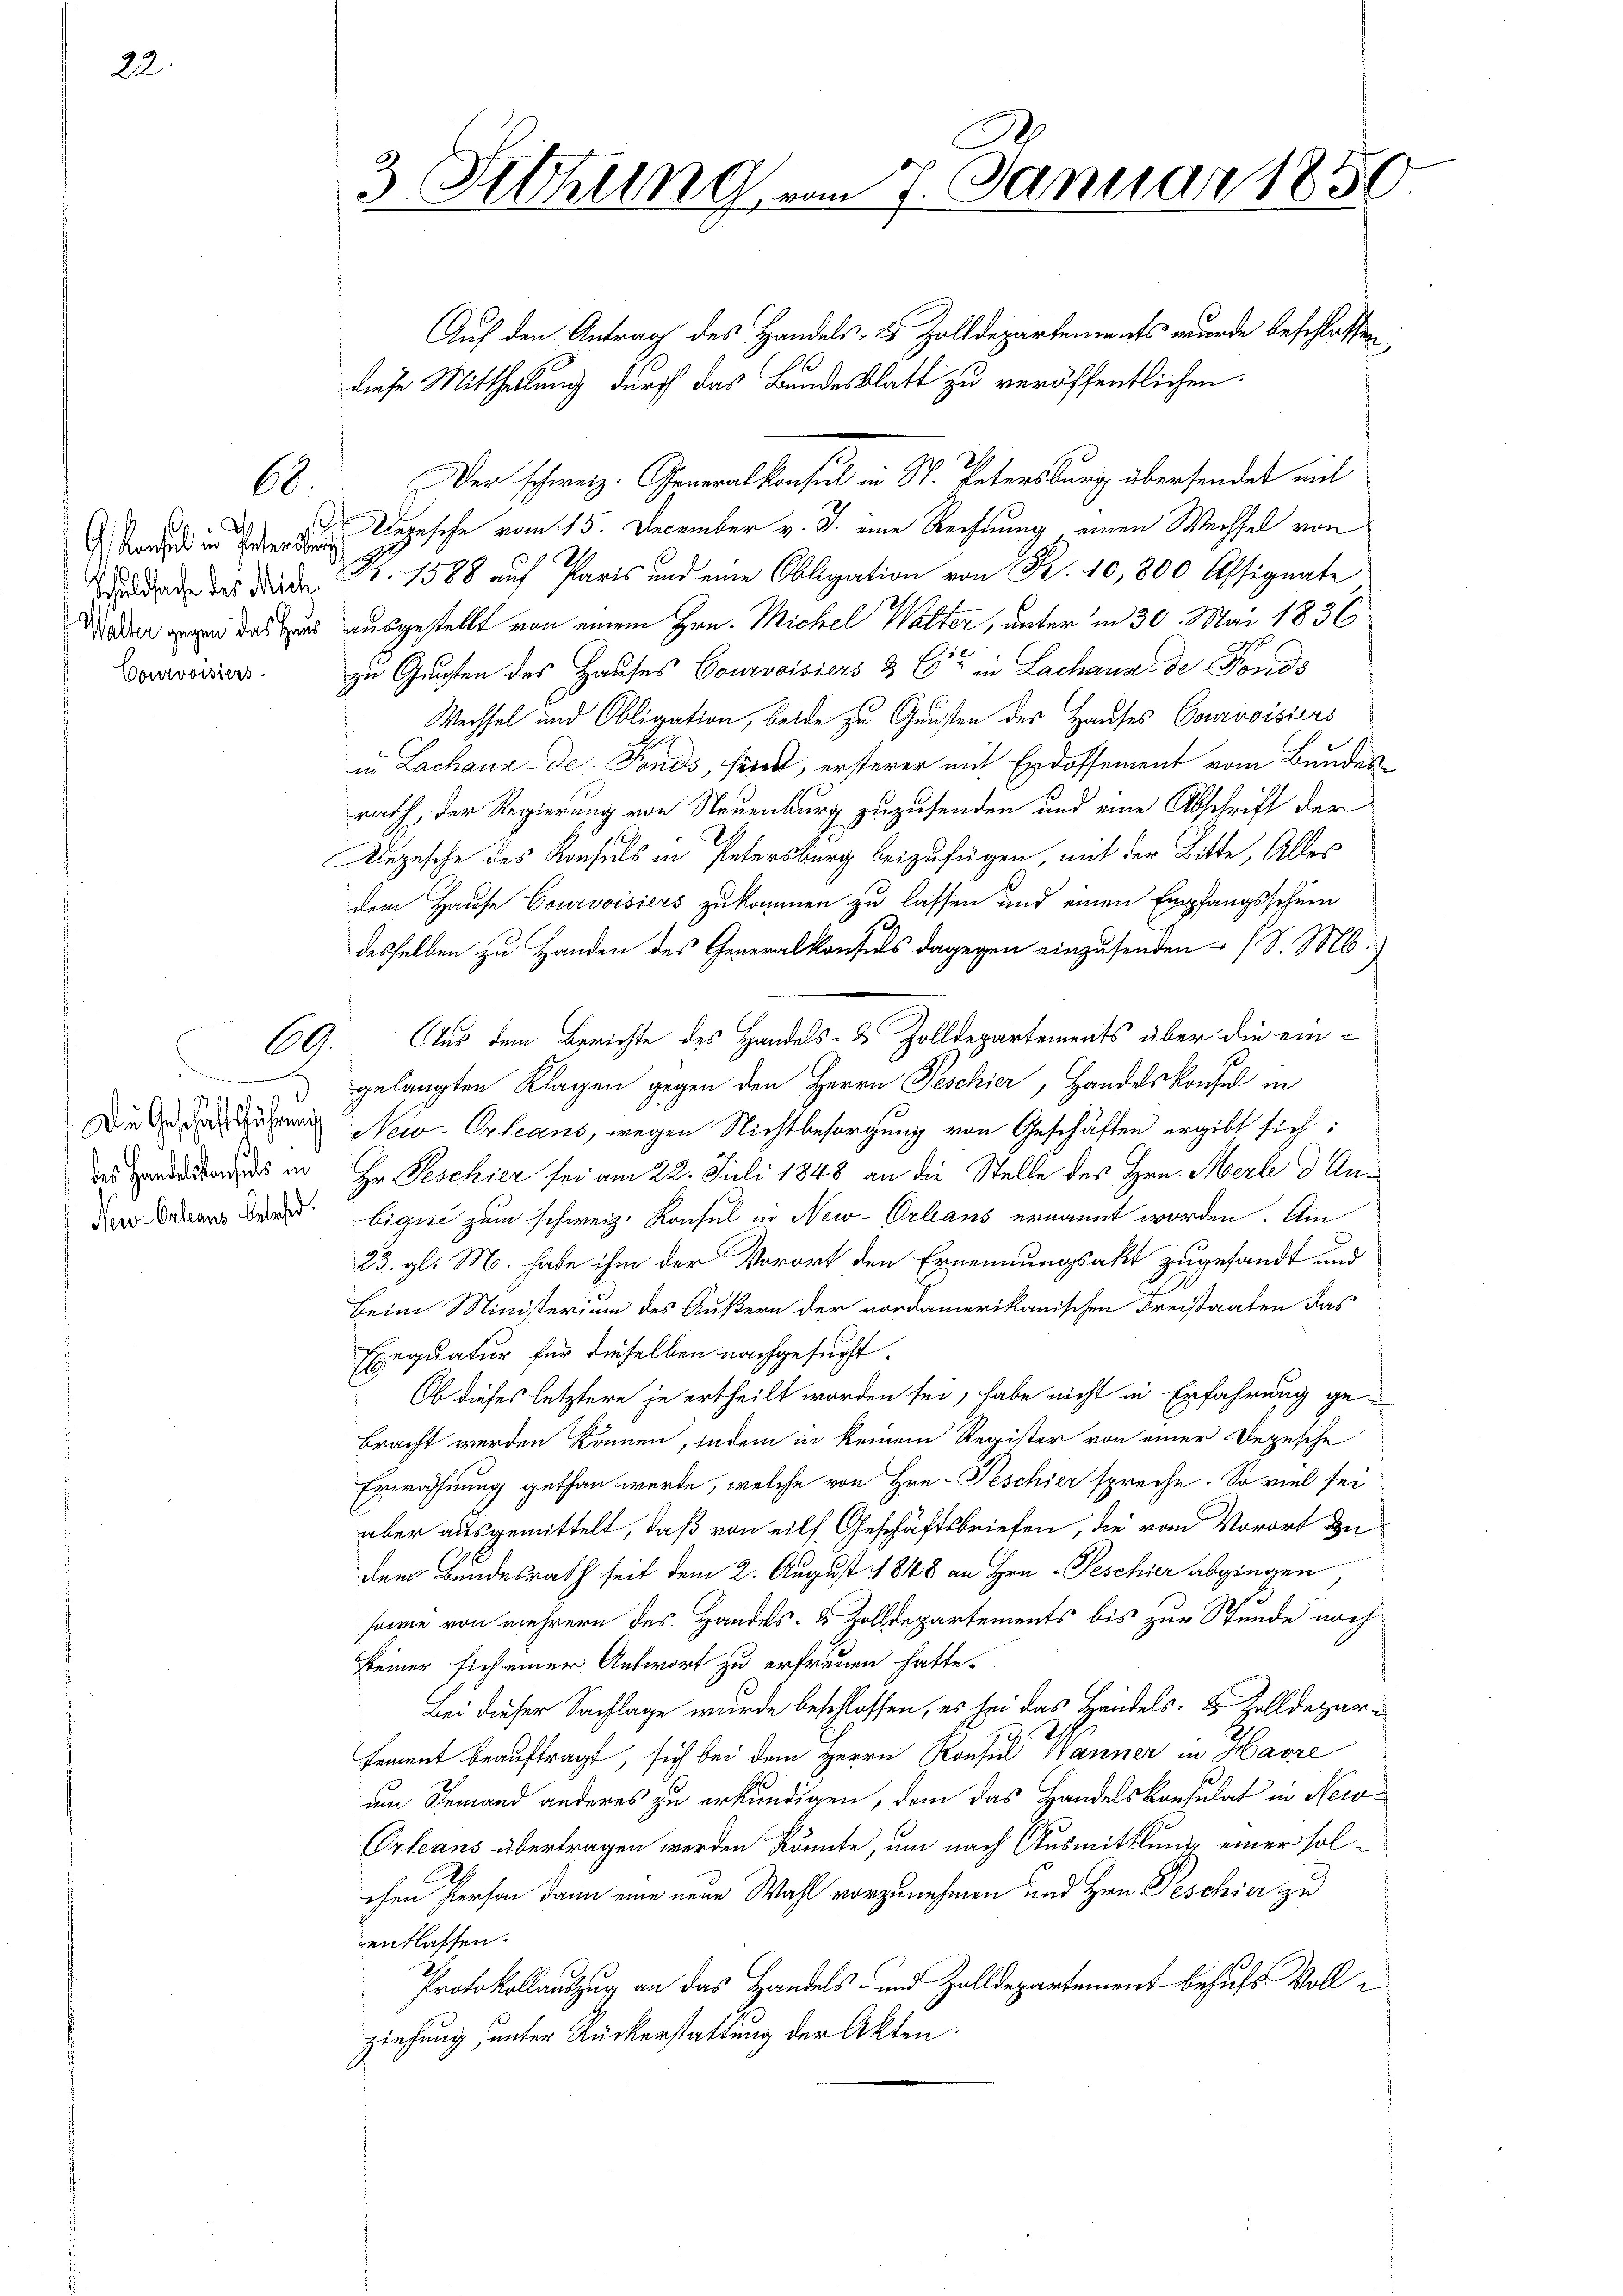
60.

G. Konsul in Interster
Schuldsache des Mich.
Walter gegen das Haus
Courvoisiers

x
des Handelskonsuls in
New-Orleans beland.

3 Sitzung vom 7. Januar 1850.

Auf den Antrag des Handels- & Zolldepartements wurde beschlossen,
diese Mittheilung durch das Bundesblatt zu veröffentlichen
Der schweiz. Generalkonsul in St. Petersburg übersendet mit
Depische vom 15. December v. J. eine Rechnung einen Wechsel von
Nr. 1588 auf Paris und eine Obligation von Fr. 10, 800 Assignate
ausgestellt von einem Hrn. Michel Walter, unter in 30. Mai 1836
zu Gunsten des Hauses Courvoisiers & Cie in Lachaus de Fonds
Wechsel und Obligation, beide zu Gunsten des Hauses Courvoisiers
in Lachaux-de-Fonds, seien, ersterer mit Erdossement vom Bundesrath, der Regierung von Neuenburg zuzusenden und eine Abschrift der
Depesche des Konseils in Petersburg beizufügen, mit der Bitte, Alles
dem Hause Courvoisiers zukommen zu lassen und einen Empfangsschein
desselben zu Handen des Generalkonsuls dagegen einzusenden (S. M.
69. Aus dem Berichte des Handels- & Zolldepartements über die ein-
gelangten Klagen gegen den Herrn Peschier, Handelskonfel in
Die Neu-Orleans, wegen Nichtbesorgung von Geschäften ergibt sich:
Hr. Peschier sei am 22. Juli 1848 an die Stelle des Hrn. Merl d Anbiqué zum schweiz. Konsul in New-Orbans ernannt worden. Am
23. gl. M. habe ihm der Vorort den Ernennungsakt zugesandt und
Beim Ministerium des Äußern der vordamerikanischen Freistaaten das
Exequatur für dieselben nachgesucht.
Ob dieses letztere je ertheilt worden sei, habe nicht in Erfahrung gebracht werden können, indem in keinem Register von einer Depesche
Einröffnung gethan werde, welche von Hrn. Peschier spreche. So viel sei
aber ausgemittelt, daß von eilf Geschäftsbriefen, die vom Vorort zu
dem Bundesrath seit dem 2. August 1848 an Hrn. Peschier abgingen
sowie von mehrern des Handels- & Zolldepartements bis zur Stunde nochkeiner sich einer Antwort zu erfreuen hatte.
Bei dieser Sachlage wurde beschlossen, es sei das Handels- & Zolldeparsement beauftragt, sich bei dem Herrn Konsul Wanner in Havre
am Jemand anderes zu erkundigen, dem das Handelskonsulat in Newo¬
Orleans übertragen werden könnte, um nach Ausmittlung einer solchen Person dann eine neue Wahl vorzunehmen und Hrn. Peschier zu
entlassen.
Protokollauszug an das Handels- und Zolldepartement behufs Voll i
ziehung, unter Rückerstattung der Akten.